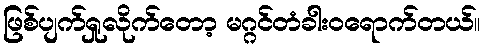
ဖြစ်ပျက်ရှုလိုက်တော့ မဂ္ဂင်တံခါးဝရောက်တယ်။